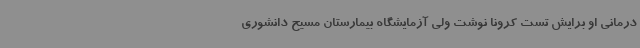
درمانی او برایش تست کرونا نوشت ولی آزمایشگاه بیمارستان مسیح دانشوری